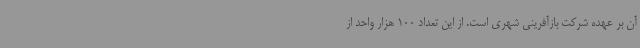
آن بر عهده شرکت بازآفرینی شهری است. از این تعداد 100 هزار واحد از